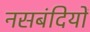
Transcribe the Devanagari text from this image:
नसबंदियों